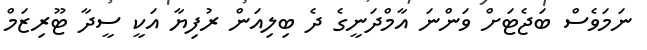
ނަމަވެސް ބަޖެޓަށް ވަންނަ އާމްދަނީގެ ދެ ބިލިއަން ރުފިޔާ އަކީ ސީދާ ޓޫރިޒަމް